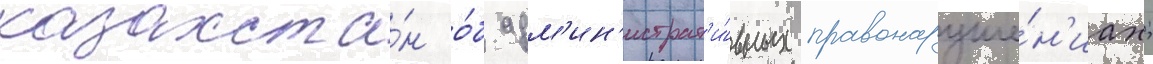
казахста́н о́б адм'ин'истрат'и́вных правонаруше́н'иах;